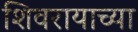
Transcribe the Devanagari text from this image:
शिवरायाच्या